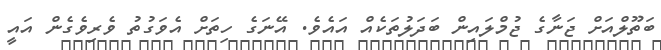
ބަތޫލްއަށް ޖަނާގެ ޖުމްލައިން ބަދަލުތަކެއް އައެވެ. އޭނަގެ ހިތަށް އެވަގުތު ވެރިވެގެން އައީ